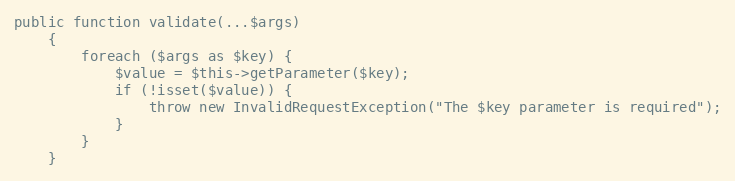
Language: PHP
public function validate(...$args)
    {
        foreach ($args as $key) {
            $value = $this->getParameter($key);
            if (!isset($value)) {
                throw new InvalidRequestException("The $key parameter is required");
            }
        }
    }